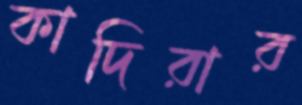
কাদিরার